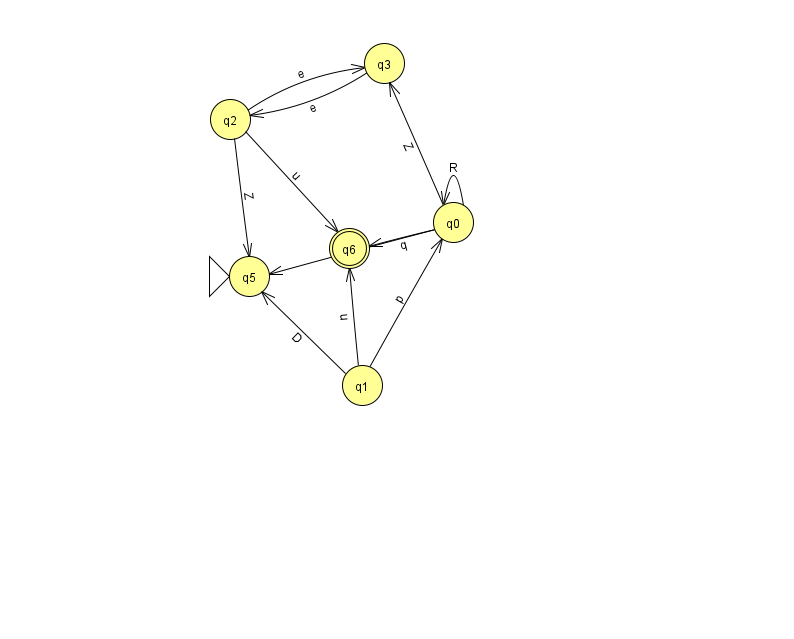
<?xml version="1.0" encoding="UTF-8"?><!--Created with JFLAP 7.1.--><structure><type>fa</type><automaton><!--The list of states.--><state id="0" name="q0"><x>453.0</x><y>209.0</y></state><state id="1" name="q1"><x>362.0</x><y>372.0</y></state><state id="2" name="q2"><x>230.0</x><y>106.0</y></state><state id="3" name="q3"><x>384.0</x><y>50.0</y></state><state id="5" name="q5"><x>249.0</x><y>263.0</y><initial/></state><state id="6" name="q6"><x>349.0</x><y>235.0</y><final/></state><!--The list of transitions.--><transition><from>1</from><to>0</to><read>p</read></transition><transition><from>0</from><to>0</to><read>R</read></transition><transition><from>1</from><to>5</to><read>D</read></transition><transition><from>0</from><to>3</to><read>Z</read></transition><transition><from>0</from><to>6</to><read>q</read></transition><transition><from>2</from><to>5</to><read>Z</read></transition><transition><from>2</from><to>6</to><read>u</read></transition><transition><from>0</from><to>5</to><read>Z</read></transition><transition><from>1</from><to>6</to><read>u</read></transition><transition><from>2</from><to>3</to><read>e</read></transition><transition><from>3</from><to>2</to><read>e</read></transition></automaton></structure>